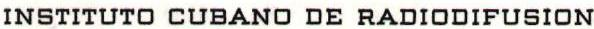
INSTITUTO CUBANO DE RADIODIFUSION